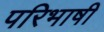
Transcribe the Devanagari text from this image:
परिभाषी